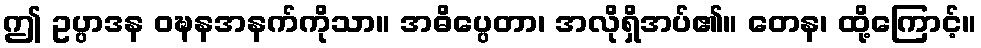
ဤ ဥပ္ပာဒန ဝဍ္ဎနအနက်ကိုသာ။ အဓိပ္ပေတာ၊ အလိုရှိအပ်၏။ တေန၊ ထို့ကြောင့်။